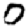
Digit: 0